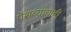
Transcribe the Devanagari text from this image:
पेशव्यांचाही